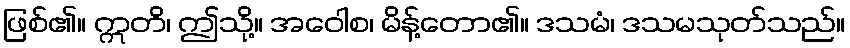
ဖြစ်၏။ ဣတိ၊ ဤသို့။ အဝေါစ၊ မိန့်တော၏။ ဒသမံ၊ ဒသမသုတ်သည်။